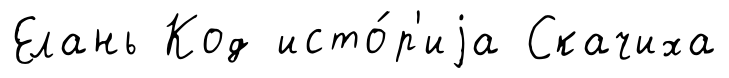
Елань Код исто́р'иjа Скачиха